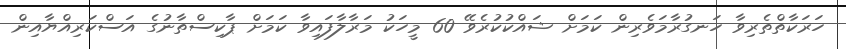
ހަރަކާތްތެރިވާ ހަނގުރާމަވެރިން ކަމަށް ޝައްކުކުރެވޭ 60 މީހަކު މަރާލާފައިވާ ކަމަށް ޕާކިސްތާނުގެ އަސްކަރިއްޔާއިން